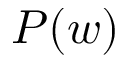
P ( w )